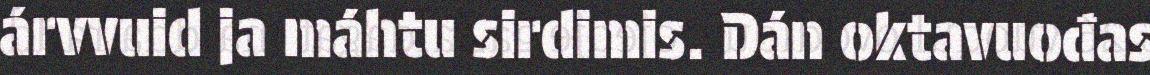
árvvuid ja máhtu sirdimis. Dán oktavuođas